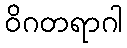
ဝိဂတရာဂါ